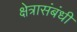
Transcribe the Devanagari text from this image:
क्षेत्रासंबंधी